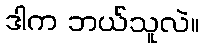
ဒါက ဘယ်သူလဲ။